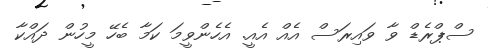
ސްޕްރެޑް ވާ ވައިރަސް އެއް އެއީ. އެހެންވީމަ ކަމާ ބެހޭ މީހުން ދައްކާ